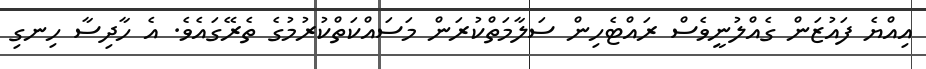
އިއްޔެ ފައުޒަން ގެއްލުނީވެސް ރައްޓެހިން ސަލާމަތްކުރަން މަސައްކަތްކުރުމުގެ ތެރޭގައެވެ. އެ ހާދިސާ ހިނގި